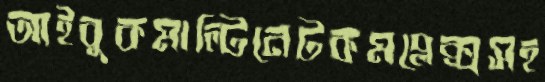
আইবুকমাল্টিনেটকমপ্লেক্সসহ